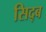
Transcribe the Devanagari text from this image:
सिद्ब